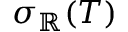
\sigma _ { \mathbb { R } } ( T )